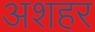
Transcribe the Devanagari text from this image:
अशहर